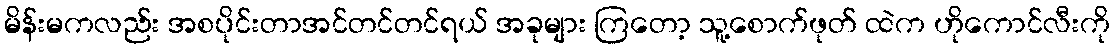
မိန်းမကလည်း အစပိုင်းတာအင်တင်တင်ရယ် အခုများ ကြတော့ သူ့စောက်ဖုတ် ထဲက ဟိုကောင်လီးကို